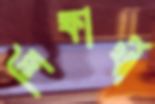
শিক্ষার্থী